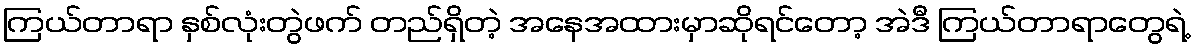
ကြယ်တာရာ နှစ်လုံးတွဲဖက် တည်ရှိတဲ့ အနေအထားမှာဆိုရင်တော့ အဲဒီ ကြယ်တာရာတွေရဲ့